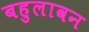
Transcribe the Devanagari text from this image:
बहुलावन